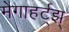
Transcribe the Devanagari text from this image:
मेगाहर्ट्झ्